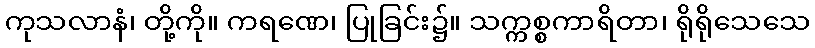
ကုသလာနံ၊ တို့ကို။ ကရဏေ၊ ပြုခြင်း၌။ သက္ကစ္စကာရိတာ၊ ရိုရိုသေသေ